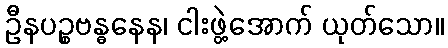
ဦနပဉ္စဗန္ဓနေန၊ ငါးဖွဲ့အောက် ယုတ်သော။